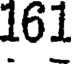
16.